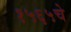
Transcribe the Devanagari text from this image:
१५६५चे